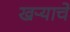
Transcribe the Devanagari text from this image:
खऱ्याचे